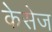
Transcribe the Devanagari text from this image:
केसेज